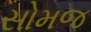
સોમજ